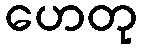
ဟေတု